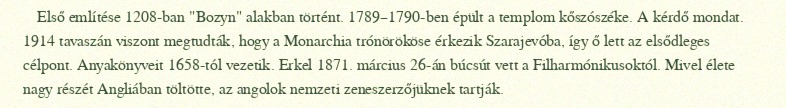
Első említése 1208-ban "Bozyn" alakban történt. 1789–1790-ben épült a templom kőszószéke. A kérdő mondat. 1914 tavaszán viszont megtudták, hogy a Monarchia trónörököse érkezik Szarajevóba, így ő lett az elsődleges célpont. Anyakönyveit 1658-tól vezetik. Erkel 1871. március 26-án búcsút vett a Filharmónikusoktól. Mivel élete nagy részét Angliában töltötte, az angolok nemzeti zeneszerzőjüknek tartják.